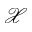
\mathcal { X }